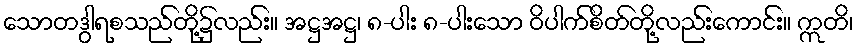
သောတဒွါရစသည်တို့၌လည်း။ အဋ္ဌအဋ္ဌ၊ ၈-ပါး ၈-ပါးသော ဝိပါက်စိတ်တို့လည်းကောင်း။ ဣတိ၊